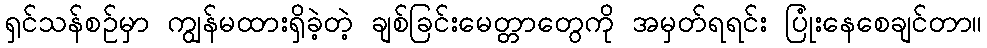
ရှင်သန်စဉ်မှာ ကျွန်မထားရှိခဲ့တဲ့ ချစ်ခြင်းမေတ္တာတွေကို အမှတ်ရရင်း ပြုံးနေစေချင်တာ။